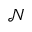
\mathcal { N }